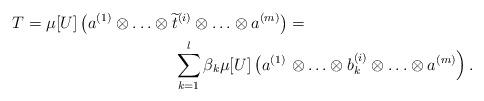
LaTeX: \begin{align*}T = \mu[U]\left(a^{(1)}\otimes \ldots \otimes \widetilde{t}^{(i)}\otimes \ldots \otimes a^{(m)}\right)& =\\\sum_{k = 1}^l\beta_k\mu[U]\left(a^{(1)}\right.&\left.\otimes \ldots \otimes b^{(i)}_k\otimes \ldots \otimes a^{(m)}\right).\end{align*}